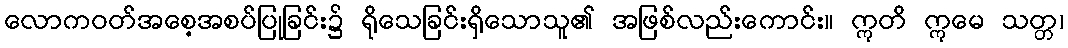
လောကဝတ်အစေ့အစပ်ပြုခြင်း၌ ရိုသေခြင်းရှိသောသူ၏ အဖြစ်လည်းကောင်း။ ဣတိ ဣမေ သတ္တ၊